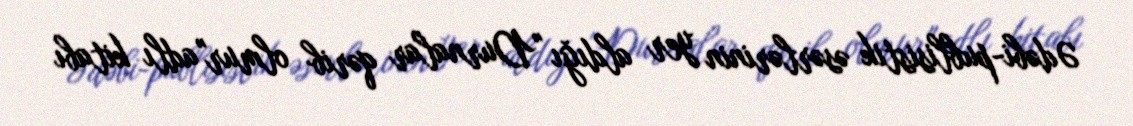
Ədəbi-publisistik əsərlərinin yer aldığı "Durnalar qərib olmur"adlı kitabı